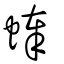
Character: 蜯